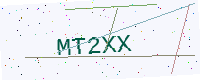
Text: MT2XX